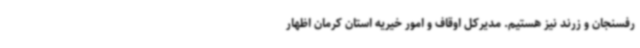
رفسنجان و زرند نیز هستیم. مدیرکل اوقاف و امور خیریه استان کرمان اظهار